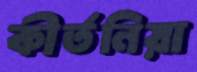
কীর্তনিয়া